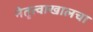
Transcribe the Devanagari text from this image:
नेतृत्वाखालचा